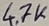
Text: 4.7K